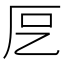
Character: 𭆁